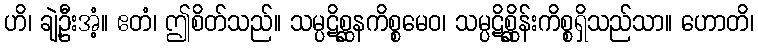
ဟိ၊ ချဲ့ဦးအံ့။ ဧတံ၊ ဤစိတ်သည်။ သမ္ပဋိစ္ဆနကိစ္စမေဝ၊ သမ္ပဋိစ္ဆိုန်းကိစ္စရှိသည်သာ။ ဟောတိ၊